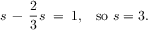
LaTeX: s \, - \, { \frac { 2 } { 3 } } s \; = \; 1 , \; \; \; { \mathrm { s o ~ } } s = 3 .